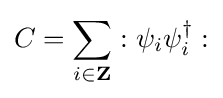
C=\sum _{i\in \mathbf {Z} }:\psi _{i}\psi _{i}^{\dagger }: